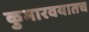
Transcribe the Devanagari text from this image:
कुमारवयातच